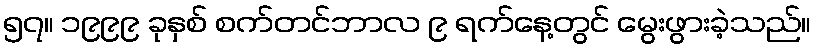
၅၇။ ၁၉၉၉ ခုနှစ် စက်တင်ဘာလ ၉ ရက်နေ့တွင် မွေးဖွားခဲ့သည်။